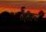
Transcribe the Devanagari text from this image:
सहातया